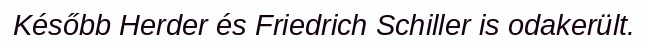
Később Herder és Friedrich Schiller is odakerült.